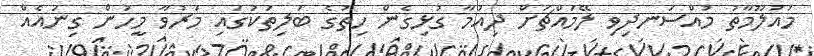
މައުލޫމާތު މުއްސަނދިވި ލޭމައްޗަށް ދިއުމާ ގުޅިގެން ހިތުގެ ބަލިތަކުގައި މަރުވާ މީހުން ގިނައެއް